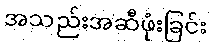
အသည်းအဆီဖုံးခြင်း